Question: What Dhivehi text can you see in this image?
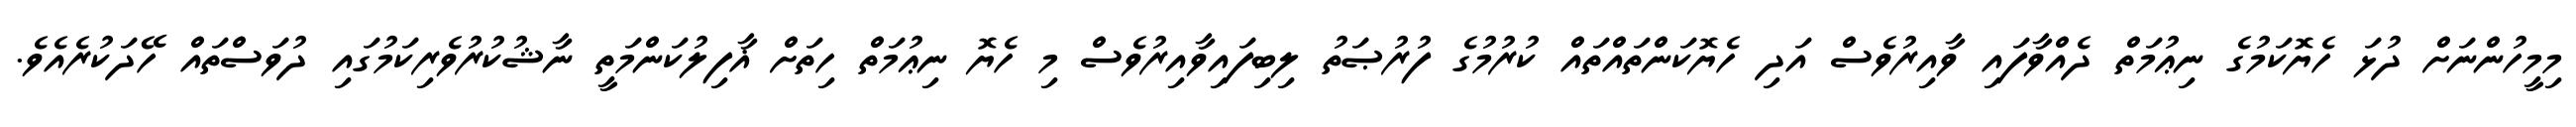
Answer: މިމީހުންނަށް ދުޅަ ހެޔޮކަމުގެ ނިޢުމަތް ދެއްވާފައި ވާއިރުވެސް އަދި ހެޔޮކަންތައްތައް ކުރުމުގެ ފުރުޞަތު ލިބިފައިވާއިރުވެސް މި ހެޔޮ ނިޢުމަތް ހިތަށް ޣާފިލުކަންމަތީ ނާޝުކުރުވެރިކަމުގައި ދުވަސްތައް ހޭދަކުރެއެވެ.